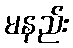
မနည်း